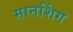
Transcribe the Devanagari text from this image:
मानशिंग